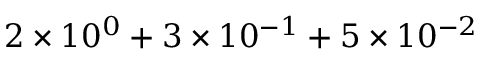
2 \times 1 0 ^ { 0 } + 3 \times 1 0 ^ { - 1 } + 5 \times 1 0 ^ { - 2 }